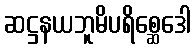
ဆဋ္ဌနယဘူမိပရိစ္ဆေဒေါ